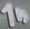
Text: 1n